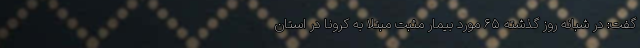
گفت: در شبانه روز گذشته ۶۵ مورد بیمار مثبت مبتلا به کرونا در استان